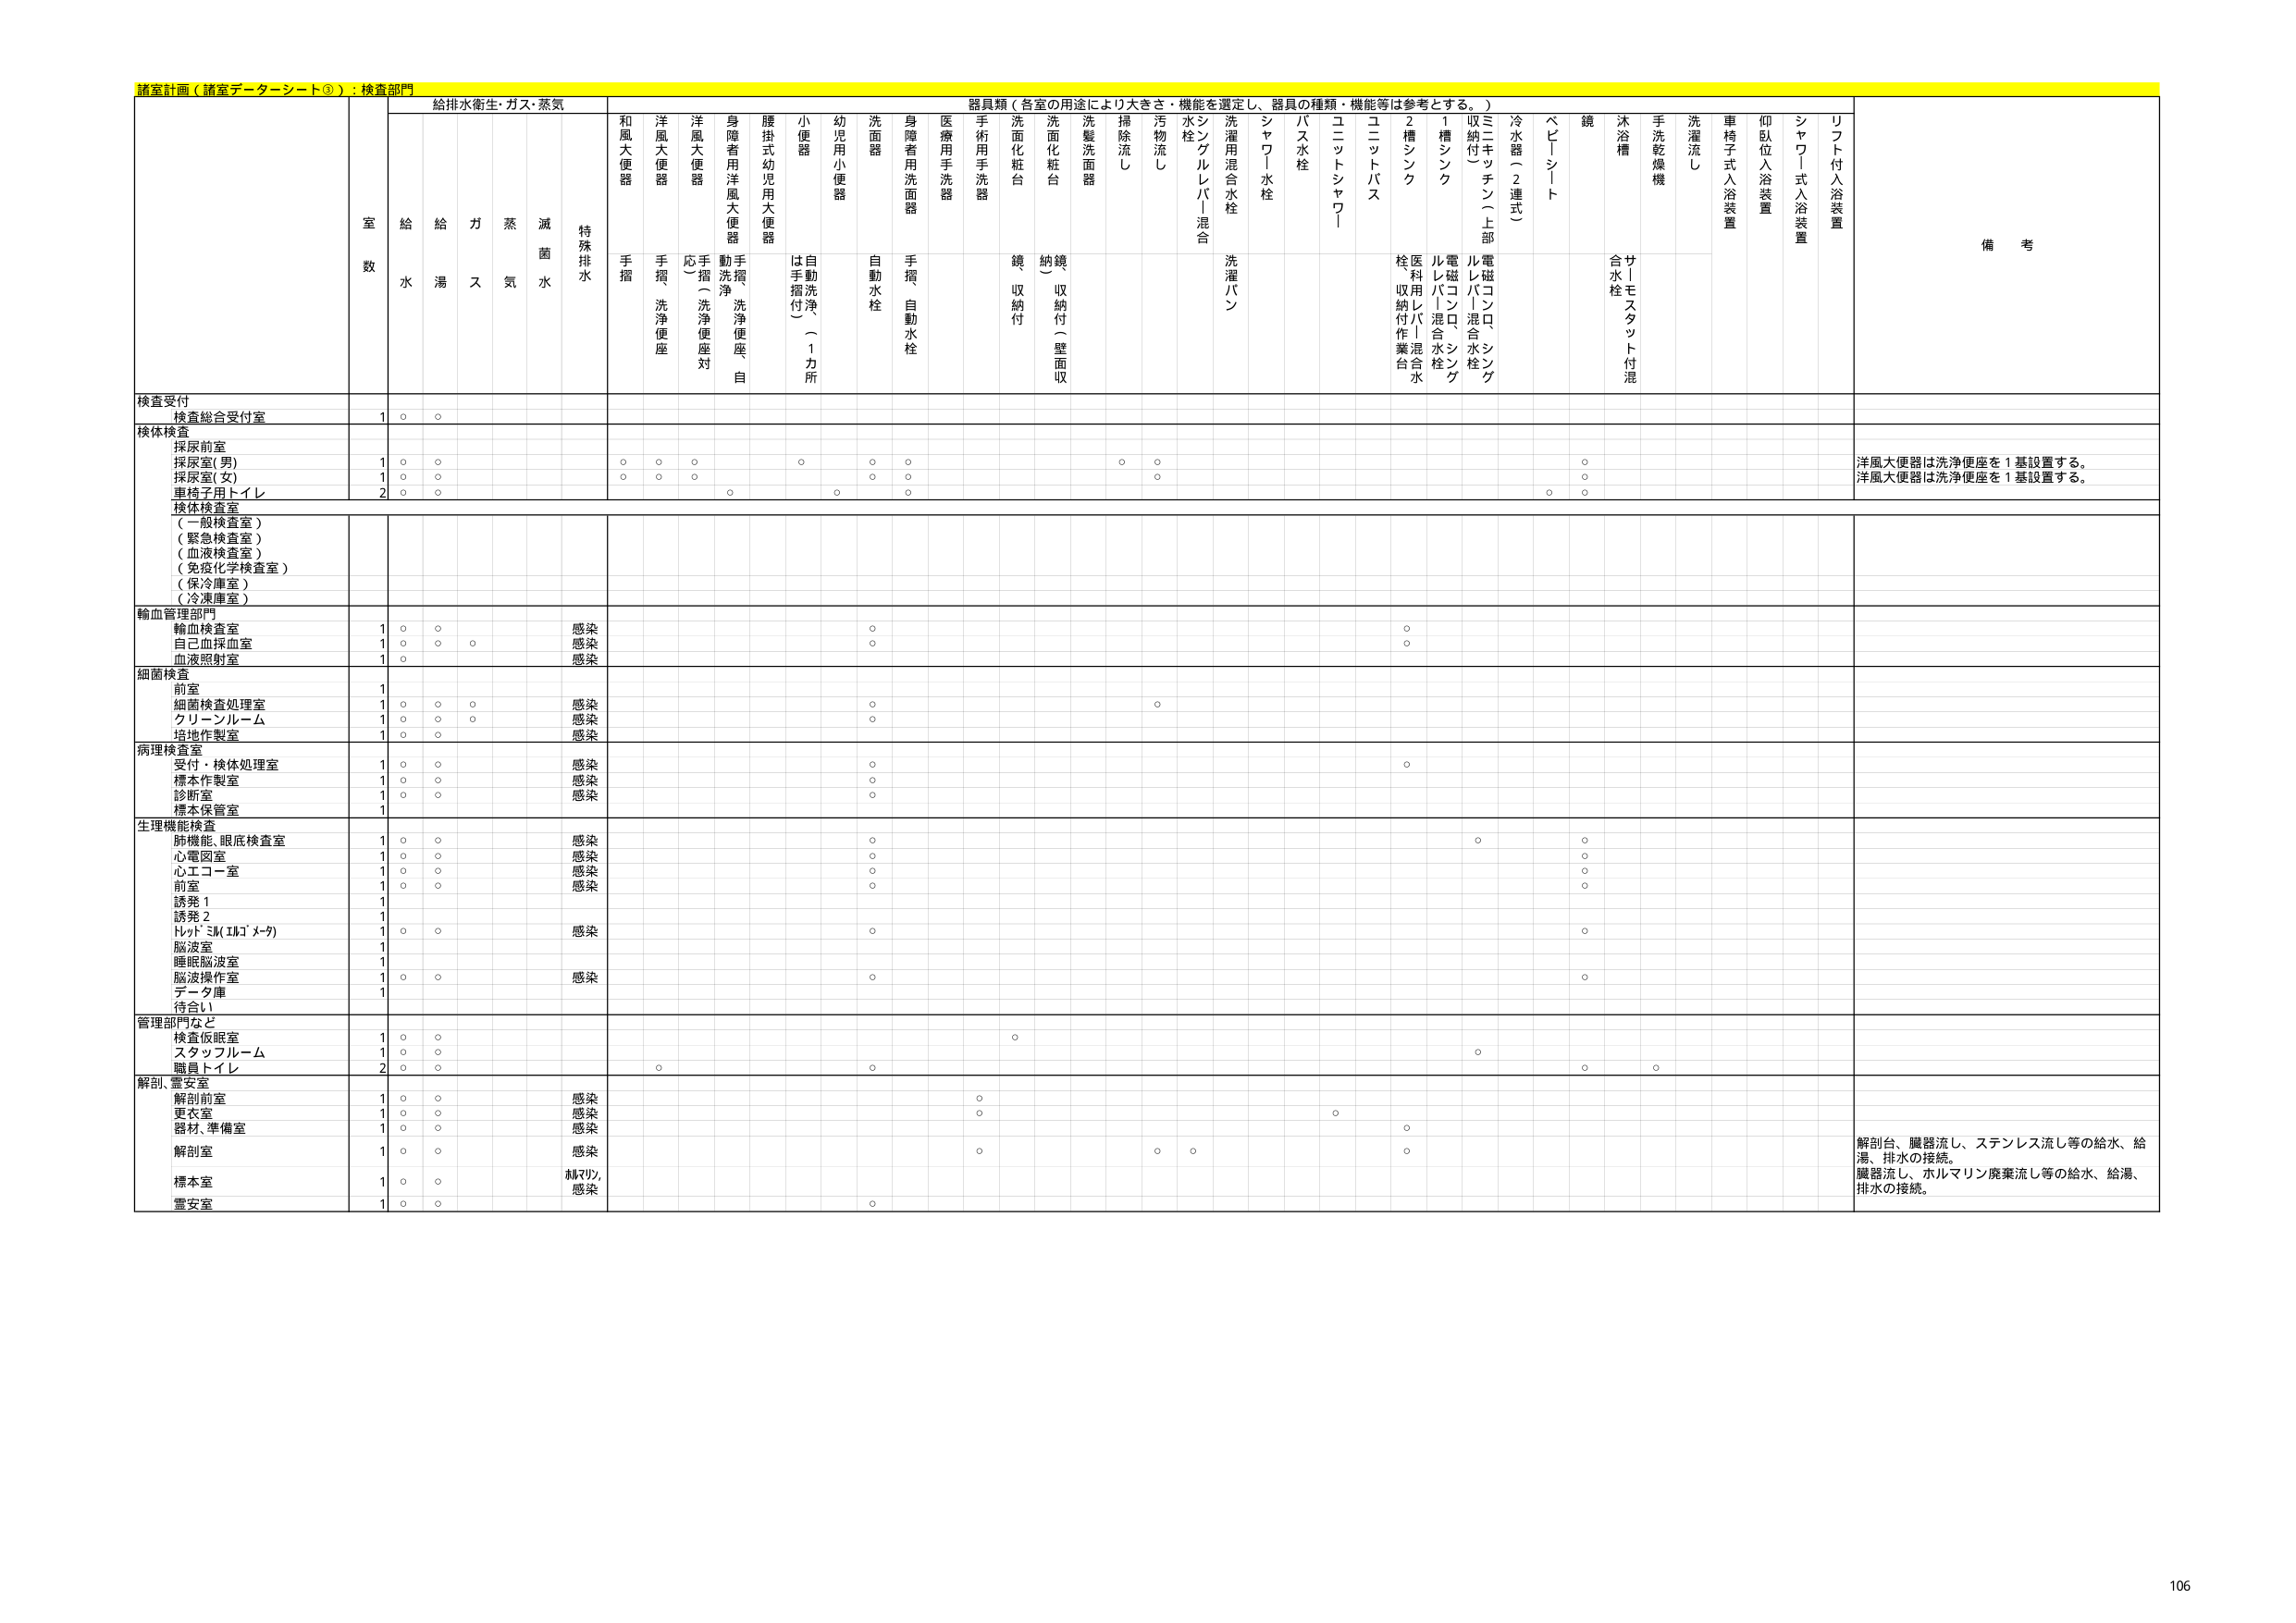
諸室計画（諸室データシート③）：検査部門

給排水衛生・ガス・蒸気

室数

給水
給湯
ガス
蒸気
滅菌水
特殊排水

器具類（各室の用途により大きさ・機能を選定し、器具の種類・機能等は参考とする。）

和風大便器
手摺

洋風大便器
手摺
洗浄便座

洋風大便器
応（手摺）
洗浄便座対

身障者用洋風大便器
動洗浄
洗浄便座
自

腰掛式幼児用大便器
は手摺付（1カ所）

小便器
自動洗浄

幼児用小便器

洗面器
自動水栓

身障者用洗面器
手摺
自動水栓

医療用手洗器

手術用手洗器

洗面化粧台
鏡収納付

洗面化粧台
納鏡（収納付（壁面収）

洗髪洗面器

掃除流し

汚物流し

水栓
シングルレバー混合

洗濯用混合水栓
洗濯パン

シャワー水栓

バス水栓

ユニットシャワー

ユニットバス

2槽シンク
栓収納付作業台
医利用レバー混合水栓

1槽シンク
電磁バコンロ、シンケル混合水栓

収納付（上部）
電磁コンロ、シンケル混合水栓

冷水器（2連式）

ベビーシート

鏡

沐浴槽
サトモスタット付混合水栓

手洗乾燥機

洗濯流し

車椅子式入浴装置

仰臥位入浴装置

シャワー式入浴装置

リフト付入浴装置

備考

検査受付
検査総合受付室
1
○
○

検体検査
採尿前室
採尿室(男)
1
○
○
○
○
○
○
○
○
○
○
洋風大便器は洗浄便座を1基設置する。
採尿室(女)
1
○
○
○
○
○
○
○
○
○
○
洋風大便器は洗浄便座を1基設置する。
車椅子用トイレ
2
○
○
○
○
○
○

検体検査室
（一般検査室）
（緊急検査室）
（血液検査室）
（免疫化学検査室）
（保冷庫室）
（冷凍庫室）

輸血管理部門
輸血検査室
1
○
○
感染
○
○
自己血採血室
1
○
○
○
感染
○
○
血液照射室
1
○
感染

細菌検査
前室
1
感染
細菌検査処理室
1
○
○
○
感染
○
○
クリーンルーム
1
○
○
○
感染
○
培地作製室
1
○
○
感染

病理検査室
受付・検体処理室
1
○
○
感染
○
○
標本作製室
1
○
○
感染
○
診断室
1
○
○
感染
○
標本保管室
1

生理機能検査
肺機能、眼底検査室
1
○
○
感染
○
○
心電図室
1
○
○
感染
○
○
心エコー室
1
○
○
感染
○
○
前室
1
○
○
感染
○
○
誘発1
1
誘発2
1
レントゲン（X線）
1
○
○
感染
○
○
脳波室
1
睡眠脳波室
1
脳波操作室
1
○
○
感染
○
○
データ庫
1
待合い

管理部門など
検査仮眠室
1
○
○
○
○
スタッフルーム
1
○
○
○
職員トイレ
2
○
○
○
○

解剖、霊安室
解剖前室
1
○
○
感染
○
更衣室
1
○
○
感染
○
○
器材、準備室
1
○
○
感染
○
○
解剖室
1
○
○
感染
○
○
○
○
解剖台、臓器流し、ステンレス流し等の給水、給湯、排水の接続。
標本室
1
○
○
林マルリン、感染
臓器流し、ホルマリン廃棄流し等の給水、給湯、排水の接続。
霊安室
1
○
○
○

106